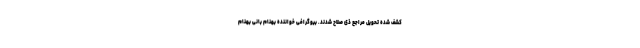
کشف شده تحویل مراجع ذی صلاح شدند. بیوگرافی خواننده بهنام بانی بهنام